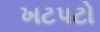
ખટપટો